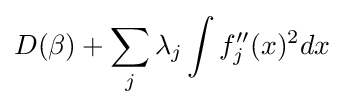
D(\beta )+\sum _{j}\lambda _{j}\int f_{j}^{\prime \prime }(x)^{2}dx